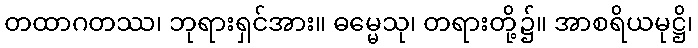
တထာဂတဿ၊ ဘုရားရှင်အား။ ဓမ္မေသု၊ တရားတို့၌။ အာစရိယမုဋ္ဌိ၊